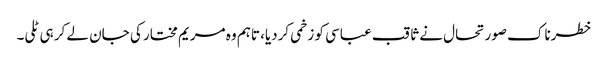
خطرناک صورتحال نے ثاقب عباسی کو زخمی کردیا، تاہم وہ مریم مختار کی جان لے کر ہی ٹلی۔